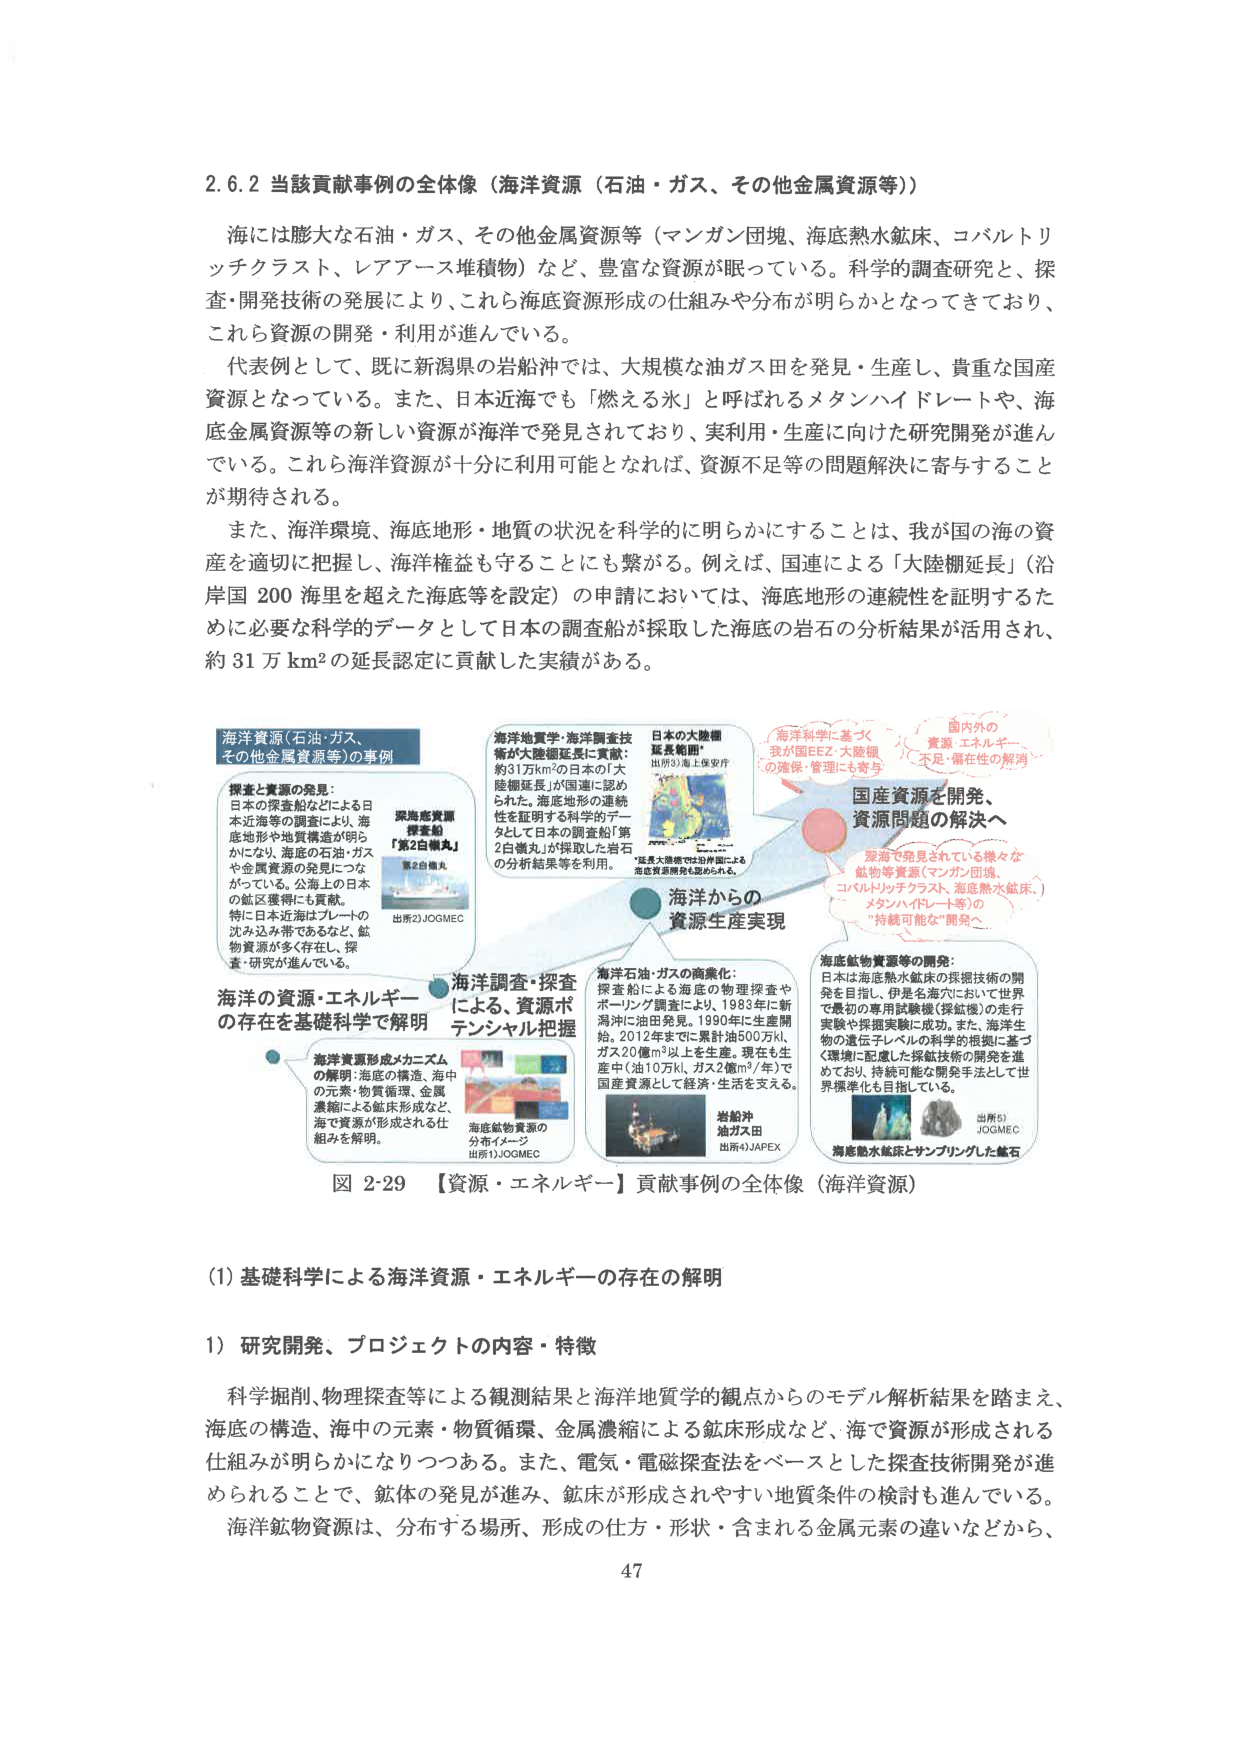
2.6.2 当該貢献事例の全体像（海洋資源（石油・ガス、その他金属資源等））

海には膨大な石油・ガス、その他金属資源等（マンガン団塊、海底熱水鉱床、コバルトリッチクラスト、レアアース堆積物）など、豊富な資源が眠っている。科学的調査研究と、探査・開発技術の発展により、これら海底資源形成の仕組みや分布が明らかとなってきており、これら資源の開発・利用が進んでいる。

代表例として、既に新潟県の岩船沖では、大規模な油ガス田を発見・生産し、貴重な国産資源となっている。また、日本近海でも「燃える氷」と呼ばれるメタンハイドレートや、海底金属資源等の新しい資源が海洋で発見されており、実利用・生産に向けた研究開発が進んでいる。これら海洋資源が十分に利用可能となれば、資源不足等の問題解決に寄与することが期待される。

また、海洋環境、海底地形・地質の状況を科学的に明らかにすることは、我が国の海の資産を適切に把握し、海洋権益も守ることにも繋がる。例えば、国連による「大陸棚延長」（沿岸国200海里を超えた海底等を設定）の申請においては、海底地形の連続性を証明するために必要な科学的データとして日本の調査船が採取した海底の岩石の分析結果が活用され、約31万km²の延長認定に貢献した実績がある。

海洋資源（石油・ガス、その他金属資源等）の事例

探査と資源の発見：
日本の探査船などによる日本近海等の調査により、海底地形や地質構造が明らかになり、海底の石油・ガスや金属資源の発見につながっている。公海上の日本の鉱区獲得にも貢献。特に日本近海はプレートの沈み込み帯であるなど、鉱物資源が多く存在し、探査・研究が進んでいる。

深海産資源探査船「第2白嶺丸」
第2白嶺丸
出所2）JOGMEC

海洋地質学・海洋調査技術が大陸棚延長に貢献：
約31万km²の日本の「大陸棚延長」が国連に認められた。海底地形の連続性を証明する科学的データとして日本の調査船「第2白嶺丸」が採取した岩石の分析結果等を利用。

日本の大陸棚延長範囲
出所1）海上保安庁
「延長大陸棚では13外国による海底資源開発も認められる。」

海洋科学に基づく
我が国EEZ・大陸棚
の確保・管理にも寄与

国内外の
資源・エネルギー
不足・偏在性の解消

国産資源を開発、
資源問題の解決へ

深海で発見されている様々な鉱物等資源（マンガン団塊、コバルトリッチクラスト、海底熱水鉱床、メタンハイドレート等）の“持続可能な”開発へ

海洋からの
資源生産実現

海洋調査・探査による、資源ポテンシャル把握

海洋資源形成メカニズムの解明：海底の構造、海中の元素・物質循環、金属濃縮による鉱床形成など、海で資源が形成される仕組みを解明。

海底鉱物資源の分布イメージ
出所1）JOGMEC

海洋石油・ガスの商業化：
探査船による海底の物理探査やホールドング調査により、1983年に新潟沖に油田発見。1990年に生産開始。2012年までに累計油500万kl、ガス20億m³以上を生産。現在も生産中（油10万kl、ガス2億m³/年）で国産資源として経済・生活を支える。

岩船沖油ガス田
出所4）JAPEX

海底鉱物資源等の開発：
日本は海底熱水鉱床の採掘技術の開発を目指し、伊是名海穴において世界で最初の専用試験機（探鉱機）の走行実験や採掘実験に成功。また、海洋生物の遺伝子レベルの科学的根拠に基づく環境に配慮した採鉱技術の開発を進めており、持続可能な開発手法として世界標準化を目指している。

出所3）JOGMEC
海底熱水鉱床とサンプリングした鉱石

海洋の資源・エネルギーの存在を基礎科学で解明

図2-29 【資源・エネルギー】貢献事例の全体像（海洋資源）

(1) 基礎科学による海洋資源・エネルギーの存在の解明

1）研究開発、プロジェクトの内容・特徴

科学掘削、物理探査等による観測結果と海洋地質学的観点からのモデル解析結果を踏まえ、海底の構造、海中の元素・物質循環、金属濃縮による鉱床形成など、海で資源が形成される仕組みが明らかになりつつある。また、電気・電磁探査法をベースとした探査技術開発が進められることで、鉱体の発見が進み、鉱床が形成されやすい地質条件の検討も進んでいる。海洋鉱物資源は、分布する場所、形成の仕方・形状・含まれる金属元素の違いなどから、

47